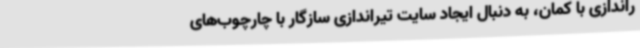
راندازی با کمان، به دنبال ایجاد سایت تیراندازی سازگار با چارچوب‌های